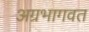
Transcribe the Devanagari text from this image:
अग्रभागवत